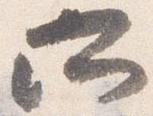
所